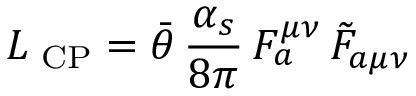
{ \cal L } _ { \mathrm { \scriptsize ~ C P } } = { \bar { \theta } } \, \frac { \alpha _ { s } } { 8 \pi } \, F _ { a } ^ { \mu \nu } \, { \tilde { F } } _ { a \mu \nu }